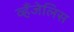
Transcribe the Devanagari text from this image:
व्हँजेलिस